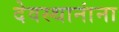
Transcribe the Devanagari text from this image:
देवस्थानांना